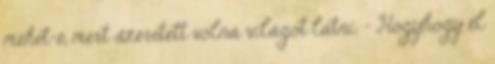
mehet-e, mert szeretett volna világot látni. - Hogyhogy el